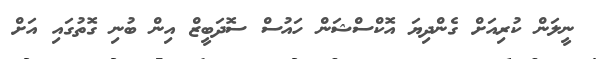
ނީލަން ކުރިއަށް ގެންދިޔަ އޮކްސްޝަން ހައުސް ސޮދަބީޒް އިން ބުނި ގޮތުގައި އަށް